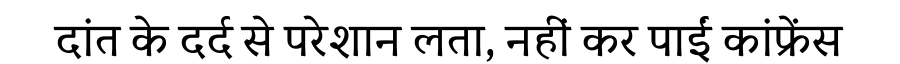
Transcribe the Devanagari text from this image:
दांत के दर्द से परेशान लता, नहीं कर पाईं कांफ्रेंस